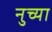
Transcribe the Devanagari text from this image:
नुच्या